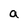
Character: a